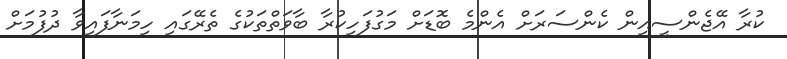
ކުރާ އޭޖެންސީއިން ކެންސަރަށް އެންމެ ބޮޑަށް މަގުފަހިކުރާ ބާވަތްތަކުގެ ތެރޭގައި ހިމަނާފައިވާ ދުފުމަށް